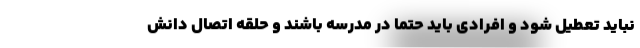
نباید تعطیل شود و افرادی باید حتماً در مدرسه باشند و حلقه اتصال دانش